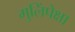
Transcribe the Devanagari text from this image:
मुलिंपेक्षा